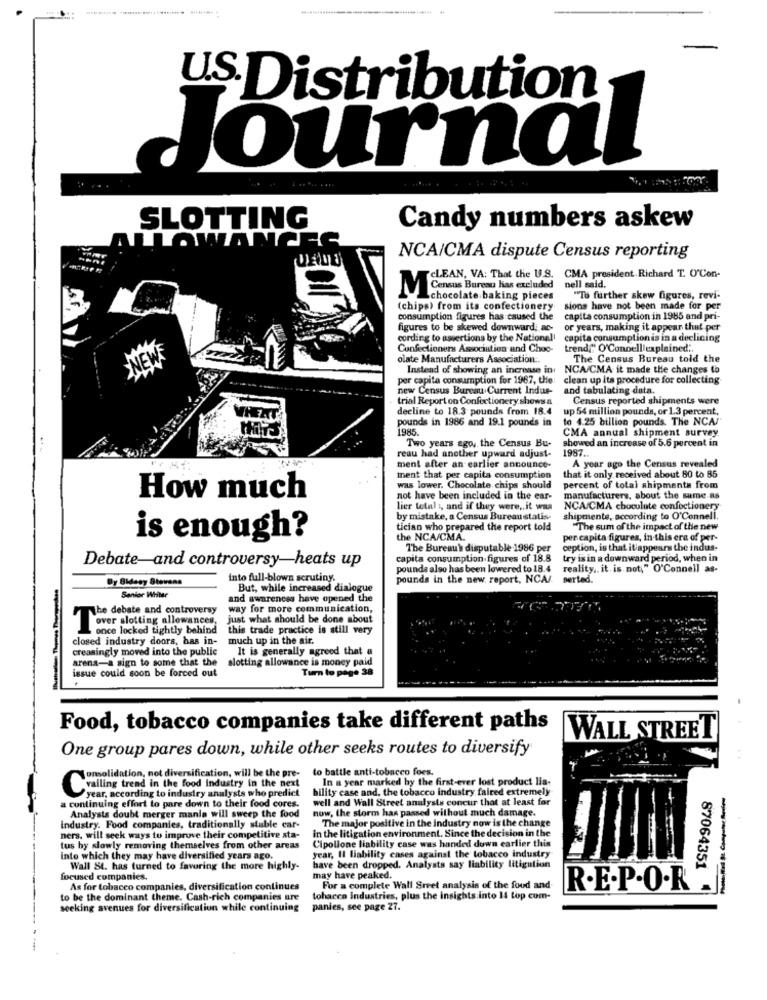
US.Distribution
Journal
SLOTTING
Candy numbers askew
ALLOWANCEE
NCA/CMA dispute Census reporting
CLEAN, VA: That the U.S. CMA president. Richard T. O'Con-
nell said.
MCensus Bureau has excluded
Lchocolate baking pieces
"Tu further skew figures, revi-
(chips) from its confectionery
sions have not been made for per
consumption figures has caused the
capita consumption in 1985 and pri-
figures to be skewed downward; ac-
or years, making it appear that per
cording to assertions by the National
capita consumption is in a declining
Confectioners Association and Choc- trend," O'Connelllexplained ;.
NEW
olate Manufacturers Association :.
The Census Bureau told the
Instead of showing an increase in
NCA/CMA it made the changes to
per capita consumption for 1967, the:
clean up its procedure for collecting
new Census Bureau Current Indue-
and tabulating data.
trial Report on Confectionery shows a
Census reported shipments were
decline to 18.3 pounds from 18.4
up 54 million pounds, or 1.3 percent,
pounds in 1986 and 19.1 pounds in
to 4.25 billion pounds. The NCA/"
1985.
CMA annual shipment survey
Two years ago, the Census Bu-
showed an increase of 5.6 percent in
reau had another upward adjust-
1987.
ment after an earlier announce-
A year ago the Census revealed
ment that per capita consumption
that it only received about 80 to 85
was lower. Chocolate chips should
percent of total shipments from
How much
not have been included in the ear-
manufacturers, about the same as
lier total , and if they were ,. it was
NCA/CMA chocolate confoctionery
by mistake, a Census Bureau statis-
shipments, according to O'Connell.
tician who prepared the report told
"The sum of the impact of the new
is enough?
the NCA/CMA.
per capita figures, in this era of per-
The Bureau's disputable 1986 per
ception, is that it appears the indus-
capita consumption figures of 18.8
try is in a downward period, when in
Debate-and controversy-heats up
pounds also has been lowered to 18.4
reality ,. it is not," O'Connell as-
Dy Bideey Stevens
into full-blown scrutiny.
pounds in the new report, NCA/
serted.
But, while increased dialogue
Senior Whiter
and awareness have opened the
way for more communication,
The debate and controversy
over slotting allowances
just what should be done about
once locked tightly behind
this trade practice is still very
closed industry doors, has in-
much up in the air.
creasingly moved into the public
It is generally agreed that a
arena-a sign to some that the
slotting allowance is money paid
issue could soon be forced out
Turn to page 38
Food, tobacco companies take different paths
WALL STREET
One group pares down, while other seeks routes to diversify
to battle anti-tobacco fors.
omsolidation, not diversification, will be the pre-
Cwailing trend in the food industry in the next
bility case and, the tobacco industry faired extremely
In a year marked by the first-ever lost product lia-
a continuing effort to pare down to their food cores.
year, according to industry analysts who predict
well and Wall Street analysis concur that at least for
now, the storm has passed without much damage.
Analysts doubt merger manla will sweep the food
The major positive in the industry now is the change
Industry. Food companies, traditionally stable car-
in the litigation environment. Since the decision in the
ners, will seek ways to improve their competitive sta-
Cipollone liability case was handed down earlier this
tus hy slowly removing themselves from other areas
into which they may have diversified years ago.
year, Il liability cases against the tobacco industry
Wall St. has turned to favoring the more highly-
have been dropped. Analysts say liability litigation
87064351
focused companies.
may have peaked.
As for tobacco companies, diversification continues
For a complete Wall Stret analysis of the food and
R.E.P.O.R
to be the dominant theme. Cash-rich companies are
tohacca Industries, plus the insights into 14 top com-
seeking avenues for diversification while continuing
panies, see page 27.